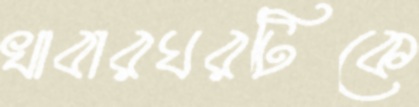
খাবারঘরটিকে